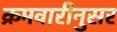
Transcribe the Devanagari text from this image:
क्रमवारीनुसर